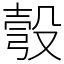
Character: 彀